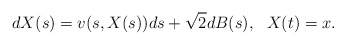
\begin{align*}dX(s) = v(s,X(s))ds + \sqrt{2}dB(s), ~~ X(t) = x.\end{align*}